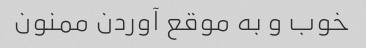
خوب و به موقع آوردن ممنون